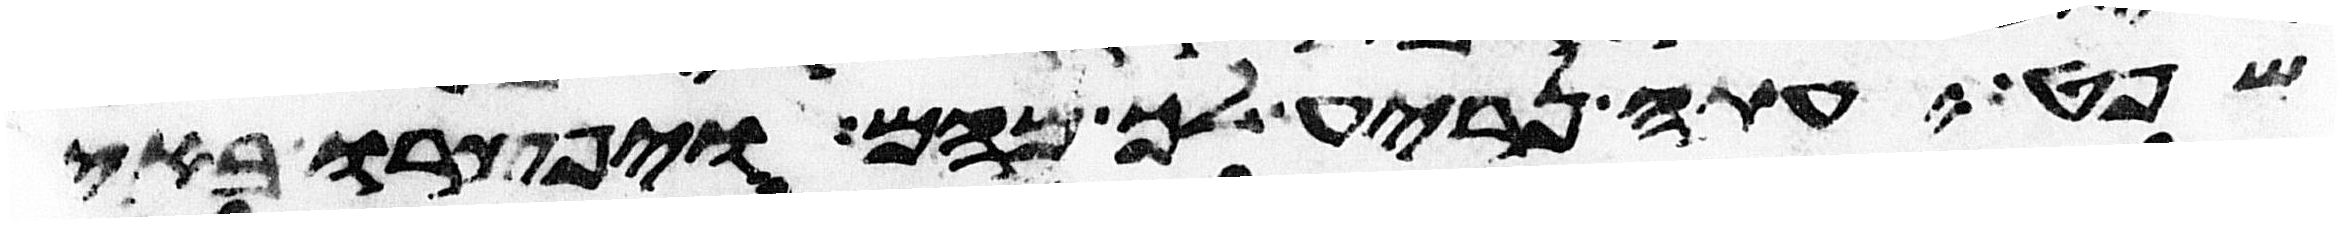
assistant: שפט עתה נריע לך מהם ויפצרו באיש